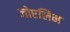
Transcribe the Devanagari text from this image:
जोएलिन